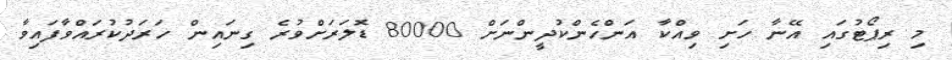
މި ރިޕޯޓުގައި އޭނާ ހަށި ވިއްކާ އަންހެންކުދީންނަށް 80000 ޑޮލަރަށްވުރެ ގިނައިން ހަރަދުކުރައްވާފައިވާ